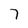
Character: 7